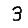
Digit: 3